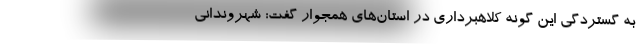
به گستردگی این گونه کلاهبرداری در استان‌های همجوار گفت: شهروندانی